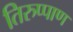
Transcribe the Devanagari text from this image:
तिरुप्पाण